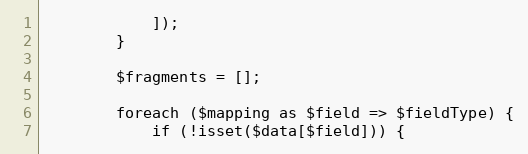
Language: PHP
            ]);
        }

        $fragments = [];

        foreach ($mapping as $field => $fieldType) {
            if (!isset($data[$field])) {